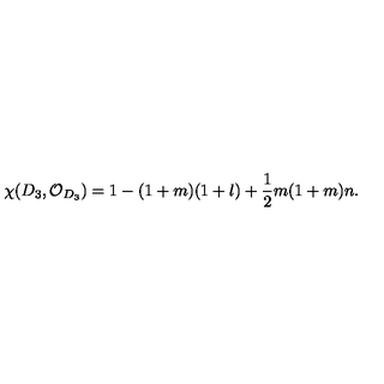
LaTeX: \chi ( D _ { 3 } , { \cal O } _ { D _ { 3 } } ) = 1 - ( 1 + m ) ( 1 + l ) + \frac { 1 } { 2 } m ( 1 + m ) n .